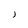
Character: J